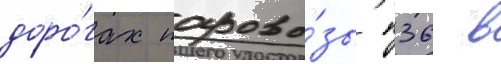
доро́гах парово́зы п36 в